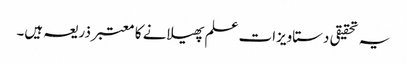
یہ تحقیقی دستاویزات علم پھیلانے کا معتبر ذریعہ ہیں۔